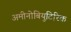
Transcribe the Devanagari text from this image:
अमीनोबियुटिरिक